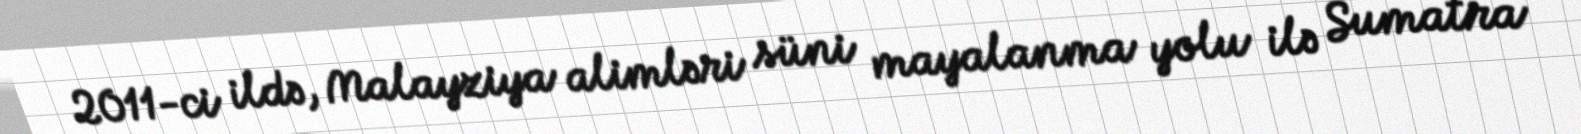
2011-ci ildə, Malayziya alimləri süni mayalanma yolu ilə Sumatra